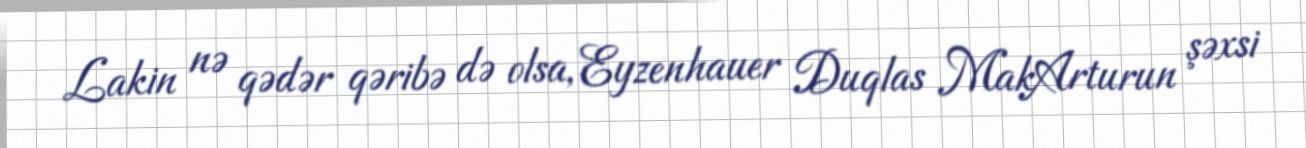
Lakin nə qədər qəribə də olsa, Eyzenhauer Duqlas MakArturun şəxsi